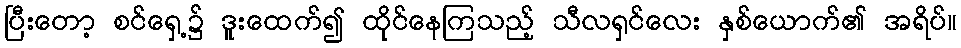
ပြီးတော့ စင်ရှေ့၌ ဒူးထေက်၍ ထိုင်နေကြသည့် သီလရှင်လေး နှစ်ယောက်၏ အရိပ်။